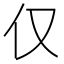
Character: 仅